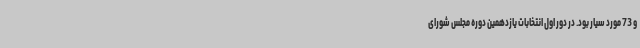
و 73 مورد سیار بود. در دور اول انتخابات یازدهمین دوره مجلس شورای